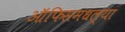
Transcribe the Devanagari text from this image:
ऑफिसमधल्या